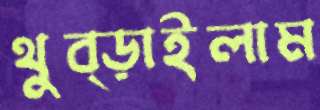
থুব্‌ড়াইলাম